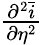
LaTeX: \begin{array}{r}{\frac{\partial^{2}\bar{i}}{\partial\eta^{2}}}\end{array}